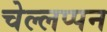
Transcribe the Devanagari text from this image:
चेल्लप्पन